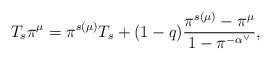
LaTeX: \begin{align*} T_s\pi^{\mu} = \pi^{s(\mu)}T_s + (1-q)\frac{\pi^{s(\mu)}-\pi^{\mu}}{1-\pi^{-\alpha^{\vee}}}, \end{align*}